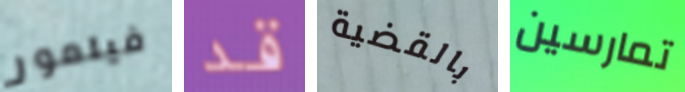
فيلمور قد بالقضية تمارسين